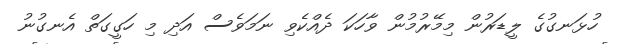
ހުޅަނގުގެ ލީޑަރުން މިމޭރުމުން ވާހަކަ ދެއްކެވި ނަމަވެސް އަދި މި ހަގީގަތް އެނގުނު